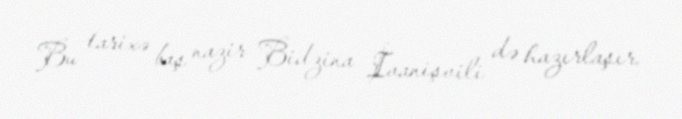
Bu tarixə baş nazir Bidzina İvanişvili də hazırlaşır.